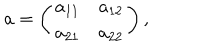
a = \left( \begin{array} { c c } { { a _ { 1 1 } } } & { { a _ { 1 2 } } } \\ { { a _ { 2 1 } } } & { { a _ { 2 2 } } } \\ \end{array} \right) ,